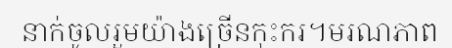
នាក់ចូលរួមយ៉ាងច្រើនកុះករ។មរណភាព